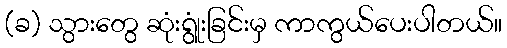
(ခ) သွားတွေ ဆုံးရွုံးခြင်းမှ ကာကွယ်ပေးပါတယ်။